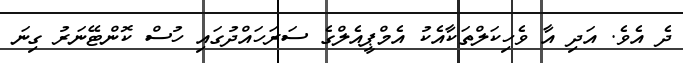
ދެ އެވެ. އަދި އާ ވެހިކަލްތަކާއެކު އެމްޕީއެލްގެ ސަރަހައްދުގައި ހުސް ކޮންޓޭނަރު ގިނަ